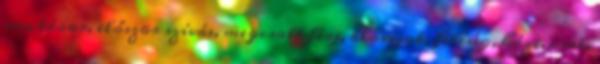
nextdoor, először szívás, megcsalt férj, blowjob, feleség, házi, csal,